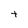
Character: t